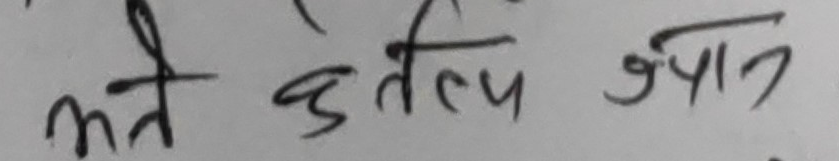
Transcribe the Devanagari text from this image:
भन्ने कर्तव्य ज्ञान